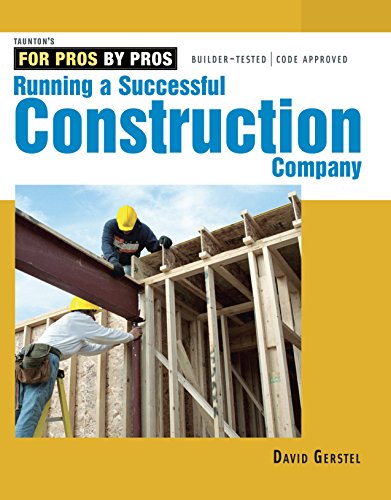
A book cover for Running a Successful Construction Company (For Pros, by Pros); David Gerstel; Engineering & Transportation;